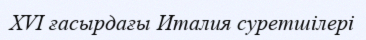
XVI ғасырдағы Италия суретшілері